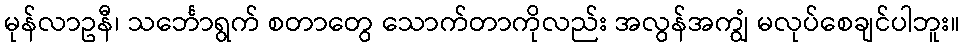
မုန်လာဥနီ၊ သင်္ဘောရွက် စတာတွေ သောက်တာကိုလည်း အလွန်အကျွံ မလုပ်စေချင်ပါဘူး။